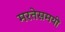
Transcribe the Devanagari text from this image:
मरतेसमयी